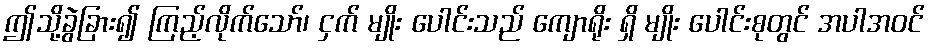
ဤသို့ခွဲခြား၍ ကြည့်လိုက်သော်၊ ငှက် မျိုး ပေါင်းသည် ကျောရိုး ရှိ မျိုး ပေါင်းစုတွင် အပါအဝင်